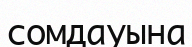
сомдауына